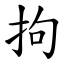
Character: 拘